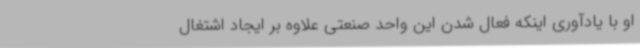
او با یادآوری اینکه فعال شدن این واحد صنعتی علاوه بر ایجاد اشتغال